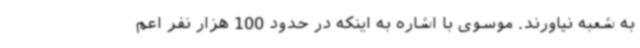
به شعبه نیاورند. موسوی با اشاره به اینکه در حدود 100 هزار نفر اعم